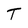
Character: T